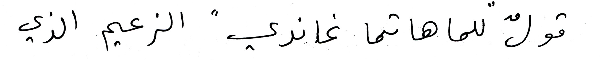
قولٌ " للماهاتما غاندي " الزعيم الذي